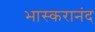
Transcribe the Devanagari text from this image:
भास्‍करानंद